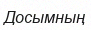
Досымның